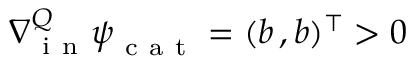
\nabla { } _ { \mathrm { ~ i ~ n ~ } } ^ { Q } \boldsymbol \psi _ { \mathrm { ~ c ~ a ~ t ~ } } = ( b \, , b ) ^ { \intercal } > 0